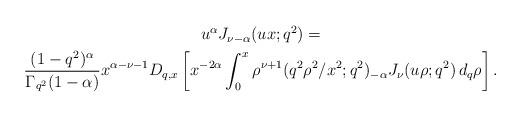
LaTeX: \begin{align*}\begin{gathered} u^\alpha J_{\nu-\alpha}(ux; q^2)= \\ \frac{(1-q^2)^{\alpha}}{\Gamma_{q^2}(1-\alpha )} x^{\alpha-\nu-1} D_{q,x}\left[x^{-2\alpha} \int_0^x \rho^{\nu+1} ({q^2\rho^2}/{x^2}; q^2)_{-\alpha} J_\nu (u\rho; q^2)\,d_q \rho\right]. \end{gathered}\end{align*}